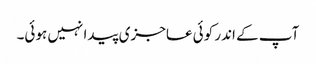
آپ کے اندر کوئی عاجزی پیدا نہیں ہوئی۔